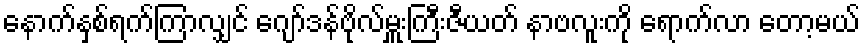
နောက်နှစ်ရက်ကြာလျှင် ဂျော်ဒန်ဗိုလ်မှူးကြီးဇီယတ် နာဗလူးကို ရောက်လာ တော့မယ်